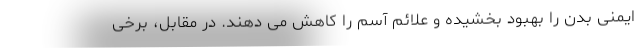
ایمنی بدن را بهبود بخشیده و علائم آسم را کاهش می دهند. در مقابل، برخی